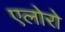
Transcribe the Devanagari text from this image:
एलोरो